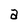
Character: a